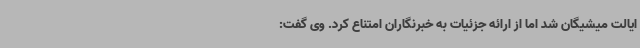
ایالت میشیگان شد اما از ارائه جزئیات به خبرنگاران امتناع کرد. وی گفت: